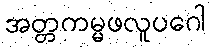
အတ္တကမ္မဖလူပဂေါ